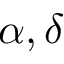
\alpha , \delta